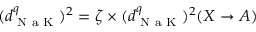
( d _ { \textrm { N a K } } ^ { q } ) ^ { 2 } = \zeta \times ( d _ { \textrm { N a K } } ^ { q } ) ^ { 2 } ( X \to A )